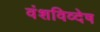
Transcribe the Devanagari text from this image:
वंशविव्देष